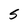
Character: S